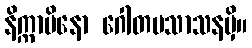
နိက္ကာမိနော ဂေါတမသာသနမှိ။